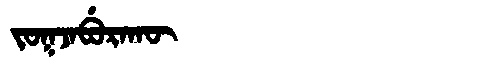
Manchu: ᠵᠣᡴᠵᠠᠪᡠᡵᠠᡴᡡ
Romanization: JOKJABURAKŪ